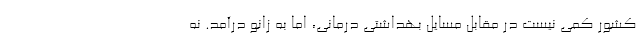
کشور کمی نیست در مقابل مسایل بهداشتی درمانی، اما به زانو درآمد. نه